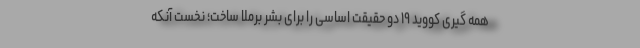
همه گیری کووید ۱۹ دو حقیقت اساسی را برای بشر برملا ساخت؛ نخست آنکه